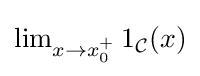
{\textstyle \lim _{x\to x_{0}^{+}}1_{\mathcal {C}}(x)}